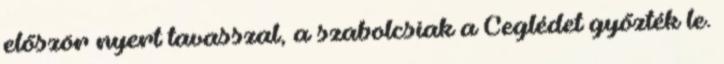
először nyert tavasszal, a szabolcsiak a Ceglédet győzték le.